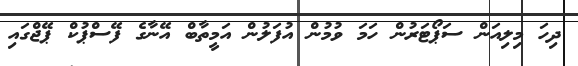
ދިހަ މިލިއަން ސަޕޯޓަރުން ހަމަ ވުމުން އުފަލުން އަމީތާބް އޭނާގެ ފޭސްޕުކް ޕޭޖްގައި